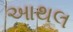
આથલ